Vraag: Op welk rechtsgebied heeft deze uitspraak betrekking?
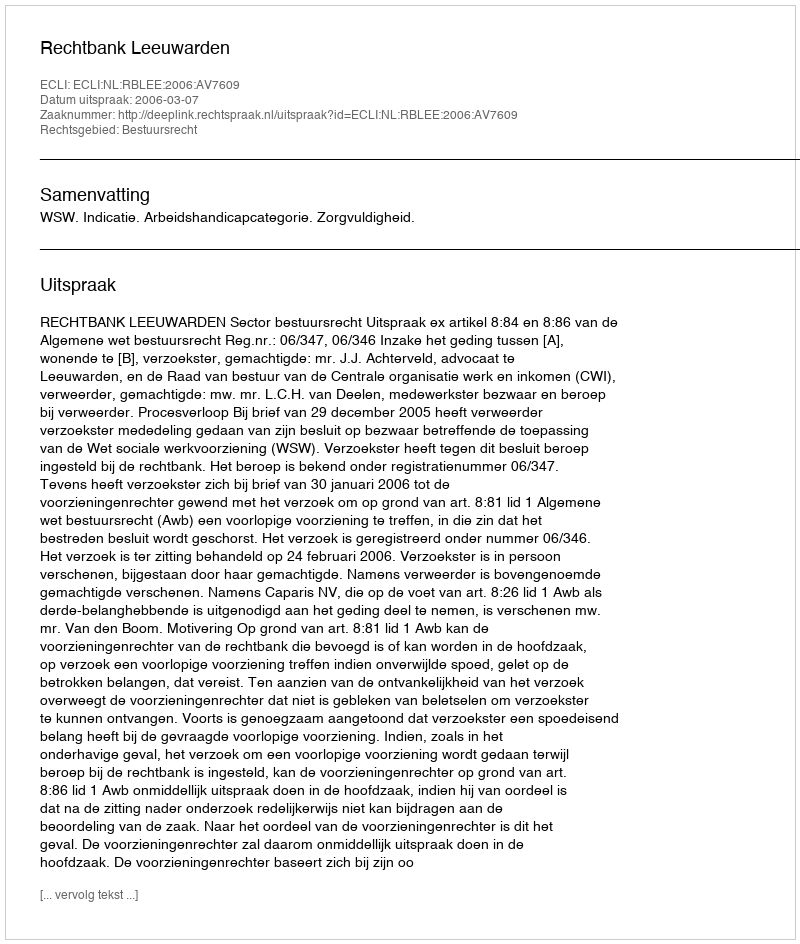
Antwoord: Bestuursrecht